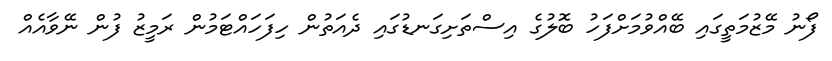
ފޯނު މޭޒުމަތީގައި ބޭއްވުމަށްފަހު ބޮލުގެ އިސްތަށިގަނޑުގައި ދެއަތުން ހިފަހައްޓަމުން ރަމީޒު ފުން ނޭވާއެއް